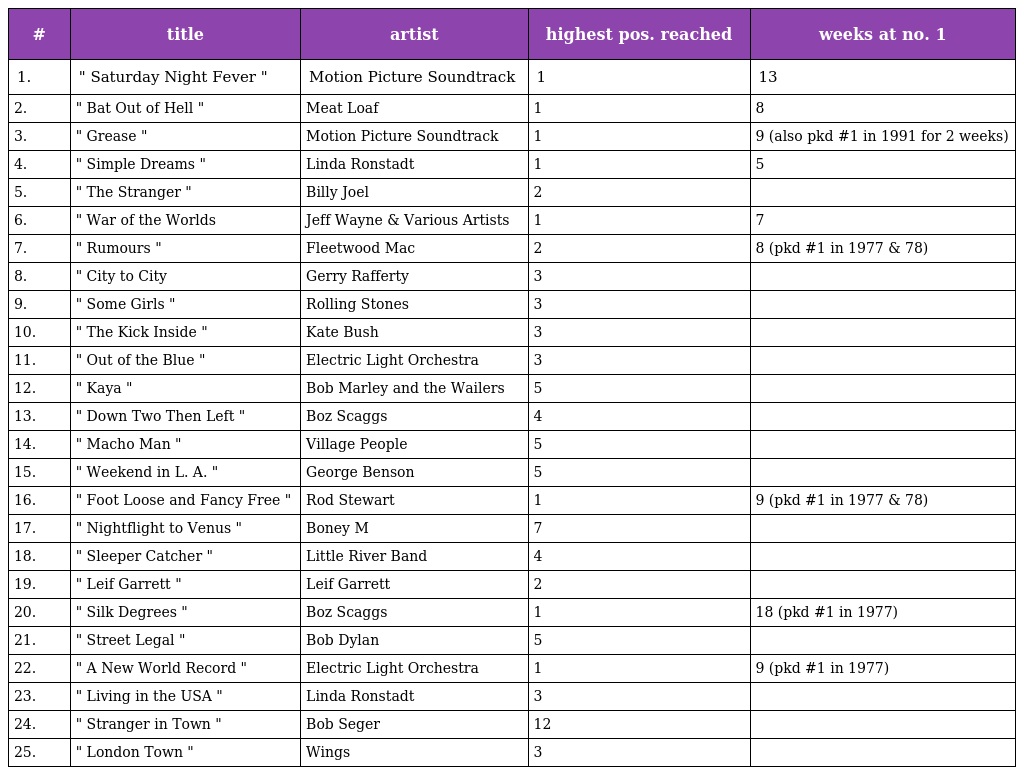
| # | title | artist | highest pos. reached | weeks at no. 1 |
 | --- | --- | --- | --- | --- |
 | 1. | " Saturday Night Fever " | Motion Picture Soundtrack | 1 | 13 |
 | 2. | " Bat Out of Hell " | Meat Loaf | 1 | 8 |
 | 3. | " Grease " | Motion Picture Soundtrack | 1 | 9 (also pkd #1 in 1991 for 2 weeks) |
 | 4. | " Simple Dreams " | Linda Ronstadt | 1 | 5 |
 | 5. | " The Stranger " | Billy Joel | 2 |  |
 | 6. | " War of the Worlds | Jeff Wayne & Various Artists | 1 | 7 |
 | 7. | " Rumours " | Fleetwood Mac | 2 | 8 (pkd #1 in 1977 & 78) |
 | 8. | " City to City | Gerry Rafferty | 3 |  |
 | 9. | " Some Girls " | Rolling Stones | 3 |  |
 | 10. | " The Kick Inside " | Kate Bush | 3 |  |
 | 11. | " Out of the Blue " | Electric Light Orchestra | 3 |  |
 | 12. | " Kaya " | Bob Marley and the Wailers | 5 |  |
 | 13. | " Down Two Then Left " | Boz Scaggs | 4 |  |
 | 14. | " Macho Man " | Village People | 5 |  |
 | 15. | " Weekend in L. A. " | George Benson | 5 |  |
 | 16. | " Foot Loose and Fancy Free " | Rod Stewart | 1 | 9 (pkd #1 in 1977 & 78) |
 | 17. | " Nightflight to Venus " | Boney M | 7 |  |
 | 18. | " Sleeper Catcher " | Little River Band | 4 |  |
 | 19. | " Leif Garrett " | Leif Garrett | 2 |  |
 | 20. | " Silk Degrees " | Boz Scaggs | 1 | 18 (pkd #1 in 1977) |
 | 21. | " Street Legal " | Bob Dylan | 5 |  |
 | 22. | " A New World Record " | Electric Light Orchestra | 1 | 9 (pkd #1 in 1977) |
 | 23. | " Living in the USA " | Linda Ronstadt | 3 |  |
 | 24. | " Stranger in Town " | Bob Seger | 12 |  |
 | 25. | " London Town " | Wings | 3 |  |